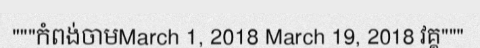
"""កំពង់ចាមMarch 1, 2018 March 19, 2018 វគ្គ"""